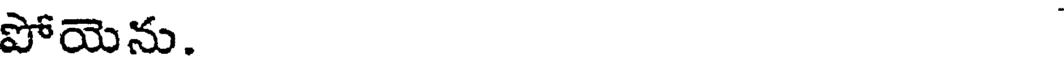
పోయెను.